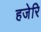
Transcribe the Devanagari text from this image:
हजेरि